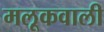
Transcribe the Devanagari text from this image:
मलूकवाली